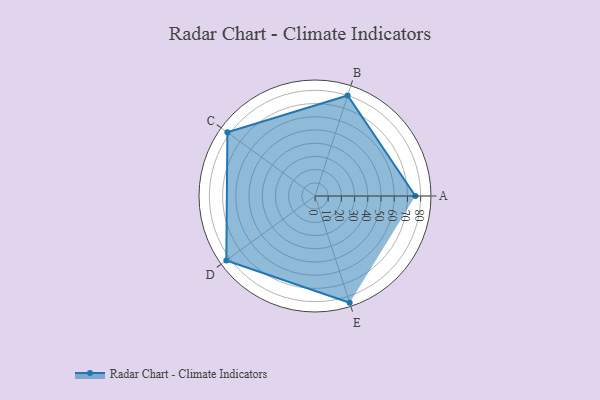
{"axis": {"x": "Skill", "y": "Score"}, "legend": ["Profile"], "data": [{"x": "A", "y": 76.0, "type": "Profile"}, {"x": "B", "y": 80.0, "type": "Profile"}, {"x": "C", "y": 82.0, "type": "Profile"}, {"x": "D", "y": 83.0, "type": "Profile"}, {"x": "E", "y": 85.0, "type": "Profile"}]}